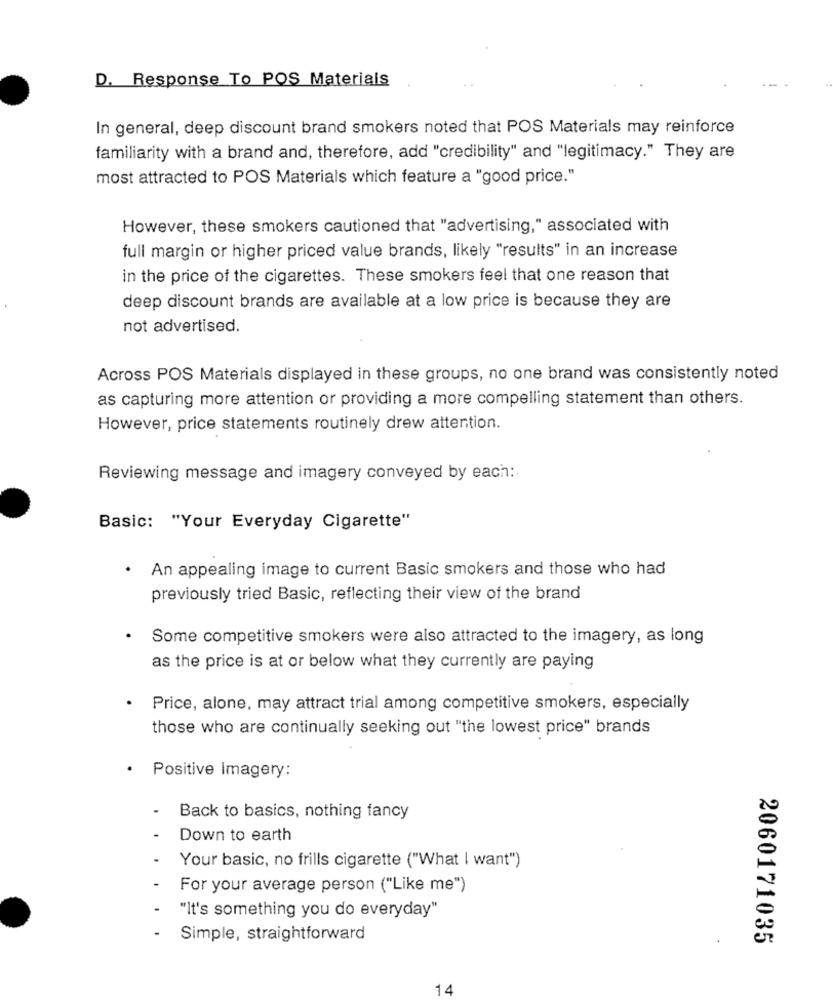
D. Response To POS Materials
In general, deep discount brand smokers noted that POS Materials may reinforce
familiarity with a brand and, therefore, add "credibility" and "legitimacy." They are
most attracted to POS Materials which feature a "good price."
However, these smokers cautioned that "advertising," associated with
full margin or higher priced value brands, likely "results" in an increase
in the price of the cigarettes. These smokers feel that one reason that
deep discount brands are available at a low price is because they are
not advertised.
Across POS Materials displayed in these groups, no one brand was consistently noted
as capturing more attention or providing a more compelling statement than others.
However, price statements routinely drew attention.
Reviewing message and imagery conveyed by each :.
Basic: "Your Everyday Cigarette"
.
An appealing image to current Basic smokers and those who had
previously tried Basic, reflecting their view of the brand
Some competitive smokers were also attracted to the imagery, as long
as the price is at or below what they currently are paying
Price, alone, may attract trial among competitive smokers, especially
those who are continually seeking out "the lowest price" brands
· Positive Imagery:
Back to basics, nothing fancy
Down to earth
Your basic, no frills cigarette ("What I want")
For your average person ("Like me")
"It's something you do everyday"
Simple, straightforward
2060171035
14